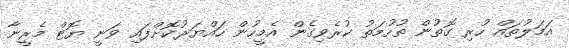
އަމަލުތައް ހުރި ގޮތުން ތުހުމަތު ކުރެވިގެން އެމީހުން ހައްޔަރުކޮށްފައި ވަނީ ޔޮޓް މެރީނާ